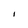
Character: I